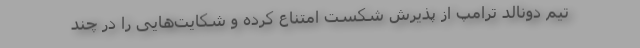
تیم دونالد ترامپ از پذیرش شکست امتناع کرده و شکایت‌هایی را در چند